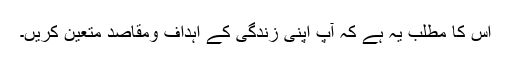
اس کا مطلب یہ ہے کہ آپ اپنی زندگی کے اہداف ومقاصد متعین کریں۔